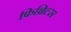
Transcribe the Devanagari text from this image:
फिब्रिल्स